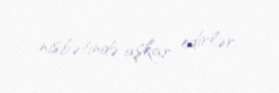
nisbətində aşkar edirlər.